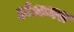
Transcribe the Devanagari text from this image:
होआक्स